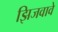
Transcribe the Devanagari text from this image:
झिजवावे